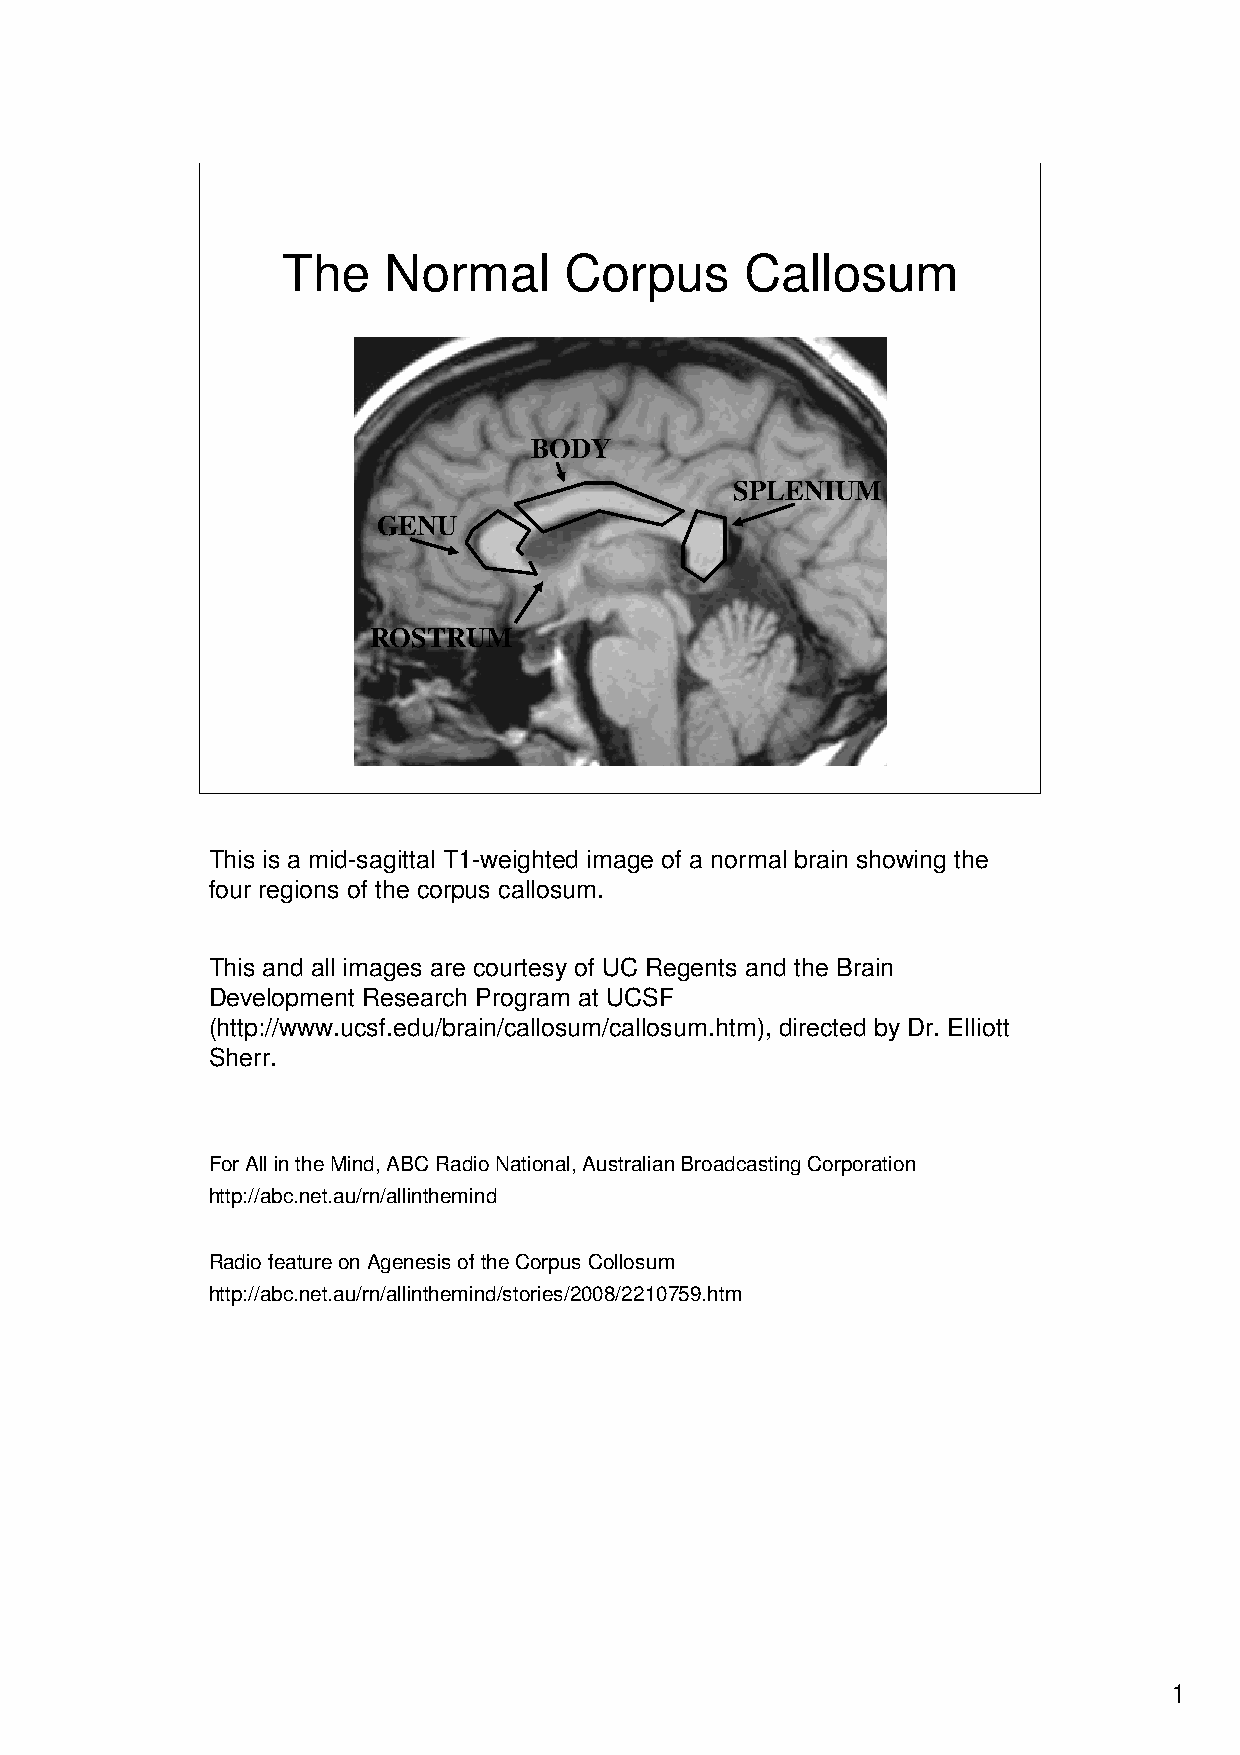
The   Normal      Corpus      Callosum
 BODY
 SPLENIUM
 GENU
 ROSTRUM
 This is a mid-sagittal T1-weighted image of a normal brain showing the
 four regions of the corpus callosum.
 This and all images are courtesy of UC Regents and the Brain
 Development Research Program at UCSF
 (http://www.ucsf.edu/brain/callosum/callosum.htm), directed by Dr. Elliott
 Sherr.
 For All in the Mind, ABC Radio National, Australian BroadcastingCorporation
 http://abc.net.au/rn/allinthemind
 Radio feature on Agenesis of the Corpus Collosum
 http://abc.net.au/rn/allinthemind/stories/2008/2210759.htm
 1